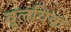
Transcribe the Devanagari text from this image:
वूलविक